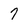
Character: 7